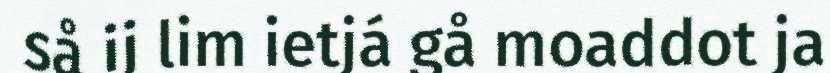
så ij lim ietjá gå moaddot ja